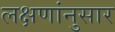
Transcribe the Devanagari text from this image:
लक्षणांनुसार